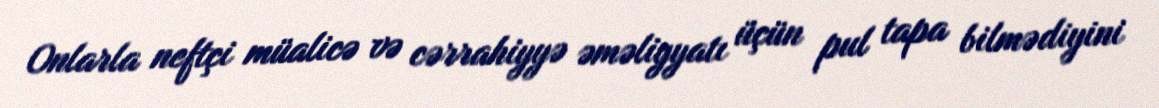
Onlarla neftçi müalicə və cərrahiyyə əməliyyatı üçün pul tapa bilmədiyini